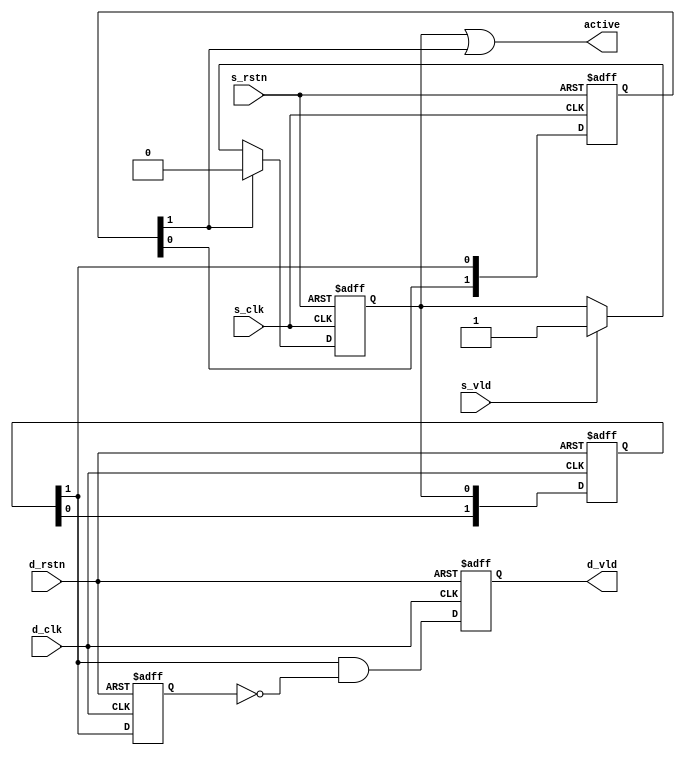
/* 
*   Name  : signal asynchronous bridge
*   Origin: 230406
*   EE    : hel
*/
module cdc_pulse(
    input   wire                s_clk   ,
    input   wire                s_rstn  ,
    input   wire                s_vld   ,// pulse input 

    input   wire                d_clk   ,
    input   wire                d_rstn  ,
    output  reg                 d_vld   ,// pulse output 

    output  wire                active   // do not give a s_vld when active is set high
);
reg [1   :0] s_syncer ;
reg [1   :0] d_syncer ;
wire         ack_d2 = s_syncer[1];
wire         req_d2 = d_syncer[1];    
reg          req_d3;
reg          async_req;
wire         async_ack = req_d2;
assign       active = async_req | ack_d2 ;
// Source clock domain
always @(posedge s_clk or negedge s_rstn) begin
    if (!s_rstn) begin
        s_syncer   <= 2'd0;
    end else begin
        s_syncer   <=  {s_syncer[0],async_ack};
    end
end
always @(posedge s_clk or negedge s_rstn) begin
    if (!s_rstn) begin
        async_req   <= 1'd0;
    end else if(ack_d2)begin
        async_req   <= 1'd0;
    end else if(s_vld)begin
        async_req   <= 1'd1;
    end
end
// Destination clock domain
always @(posedge d_clk or negedge d_rstn) begin
    if (!d_rstn) begin
        d_syncer   <= 2'd0;
    end else begin
        d_syncer   <=  {d_syncer[0],async_req};
    end
end
always @(posedge d_clk or negedge d_rstn) begin
    if (!d_rstn) begin
        req_d3      <= 1'd0;
        d_vld       <= 1'd0;
    end else begin
        req_d3      <= req_d2;
        d_vld       <= req_d2 & (~req_d3);
    end 
end
endmodule